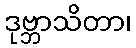
ဒုဗ္ဘာသိတာ၊